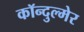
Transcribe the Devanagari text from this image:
कॉन्दुल्मेर